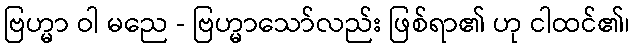
ဗြဟ္မာ ဝါ မညေ - ဗြဟ္မာသော်လည်း ဖြစ်ရာ၏ ဟု ငါထင်၏၊